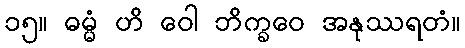
၁၅။ ဓမ္မံ ဟိ ဝေါ ဘိက္ခဝေ အနုဿရတံ။